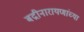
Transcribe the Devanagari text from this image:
बद्रीनारायणांच्या